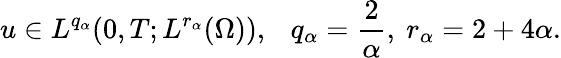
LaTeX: u\in L^{q_{\alpha}}(0,T;L^{r_{\alpha}}(\Omega)),\ \ \ q_{\alpha}=\frac{2}{\alpha},\ r_{\alpha}=2+4\alpha.